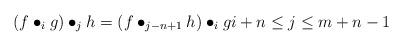
LaTeX: \begin{align*}(f\bullet_i g)\bullet_j h = ( f \bullet_{j-n+1} h ) \bullet_{i} g i + n \leq j \leq m + n - 1 \end{align*}